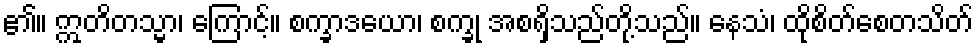
၏။ ဣတိတသ္မာ၊ ကြောင့်။ စက္ခာဒယော၊ စက္ခု အစရှိသည်တို့သည်။ နေသံ၊ ထိုစိတ်စေတသိတ်